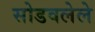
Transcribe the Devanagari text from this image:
सोडवलेले